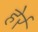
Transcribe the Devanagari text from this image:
हेर्र